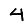
Digit: 4